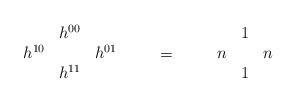
LaTeX: \begin{align*}\begin{array}{ccc} &h^{00}&\\ h^{10}&&h^{01} \\ &h^{11}& \end{array}\qquad =\qquad\begin{array}{ccc} &1&\\ n&&n \\ &1& \end{array}\end{align*}